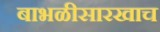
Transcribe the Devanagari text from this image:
बाभळीसारखाच